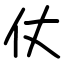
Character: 仗